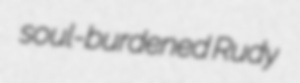
soul-burdened Rudy